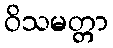
ဝိသမတ္တာ